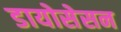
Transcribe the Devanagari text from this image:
डायोसेसन